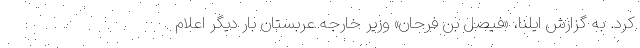
کرد. به گزارش ایلنا، «فیصل بن فرحان» وزیر خارجه عربستان بار دیگر اعلام